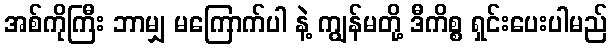
အစ်ကိုကြီး ဘာမျှ မကြောက်ပါ နဲ့ ကျွန်မတို့ ဒီကိစ္စ ရှင်းပေးပါမည်